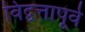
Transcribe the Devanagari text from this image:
विद्वत्तापूर्व